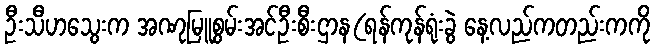
ဦးသီဟသွေးက အဏုမြူစွမ်းအင်ဦးစီးဌာန(ရန်ကုန်ရုံးခွဲ နေ့လည်ကတည်းကကို